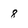
Character: 8